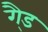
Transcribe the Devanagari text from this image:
गै्ड